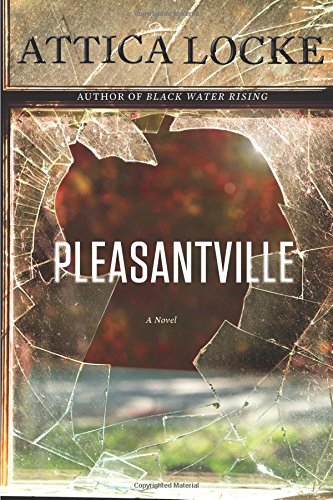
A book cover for Pleasantville (Jay Porter Series); Attica Locke; Mystery, Thriller & Suspense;